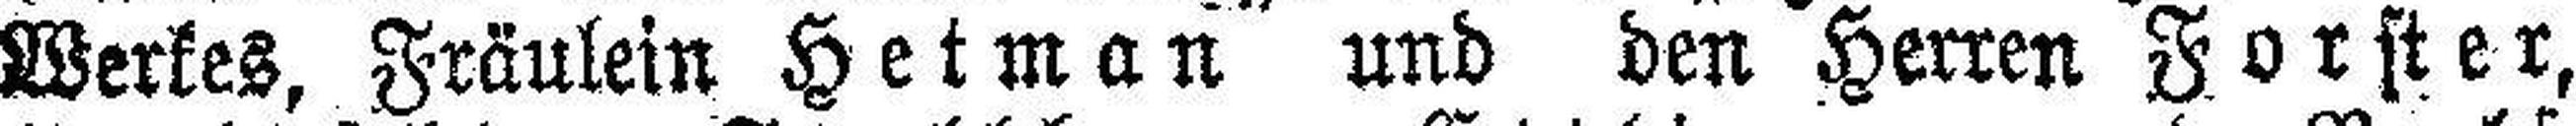
Werkes, Fräulein Hetman und den Herren Forster,